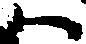
ハ